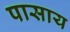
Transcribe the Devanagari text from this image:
पासाय